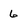
Character: 6